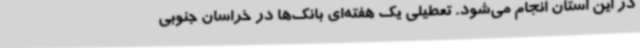
در این استان انجام می‌شود. تعطیلی یک هفته‌ای بانک‌ها در خراسان جنوبی